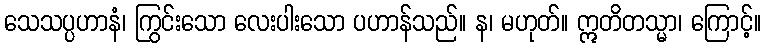
သေသပ္ပဟာနံ၊ ကြွင်းသော လေးပါးသော ပဟာန်သည်။ န၊ မဟုတ်။ ဣတိတသ္မာ၊ ကြောင့်။